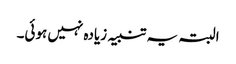
البتہ یہ تنبیہ زیادہ نہیں ہوئی۔